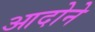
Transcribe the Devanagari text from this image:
आदोने